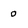
Character: 0